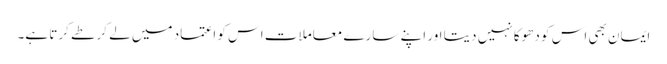
ایمان بھی اس کو دھوکا نہیں دیتا اور اپنے سارے معاملات اس کو اعتماد میں لے کر طے کرتا ہے۔